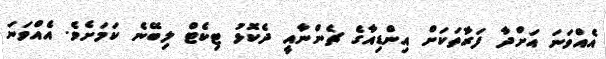
އެއްވަނަ އަށްދާ ފަރާތަކަށް އިންޑިއާގެ ޗެންނާއީ ދެކޮޅު ޓިކެޓް ލިބޭނެ ކަމަށެވެ. އެއްވަނަ